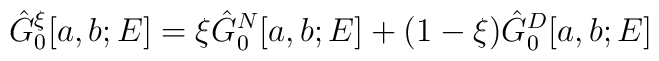
\hat{G}_0^{\xi}[a, b; E] = \xi \hat{G}_0^N[a, b; E] + (1 - \xi) \hat{G}_0^D[a, b; E]